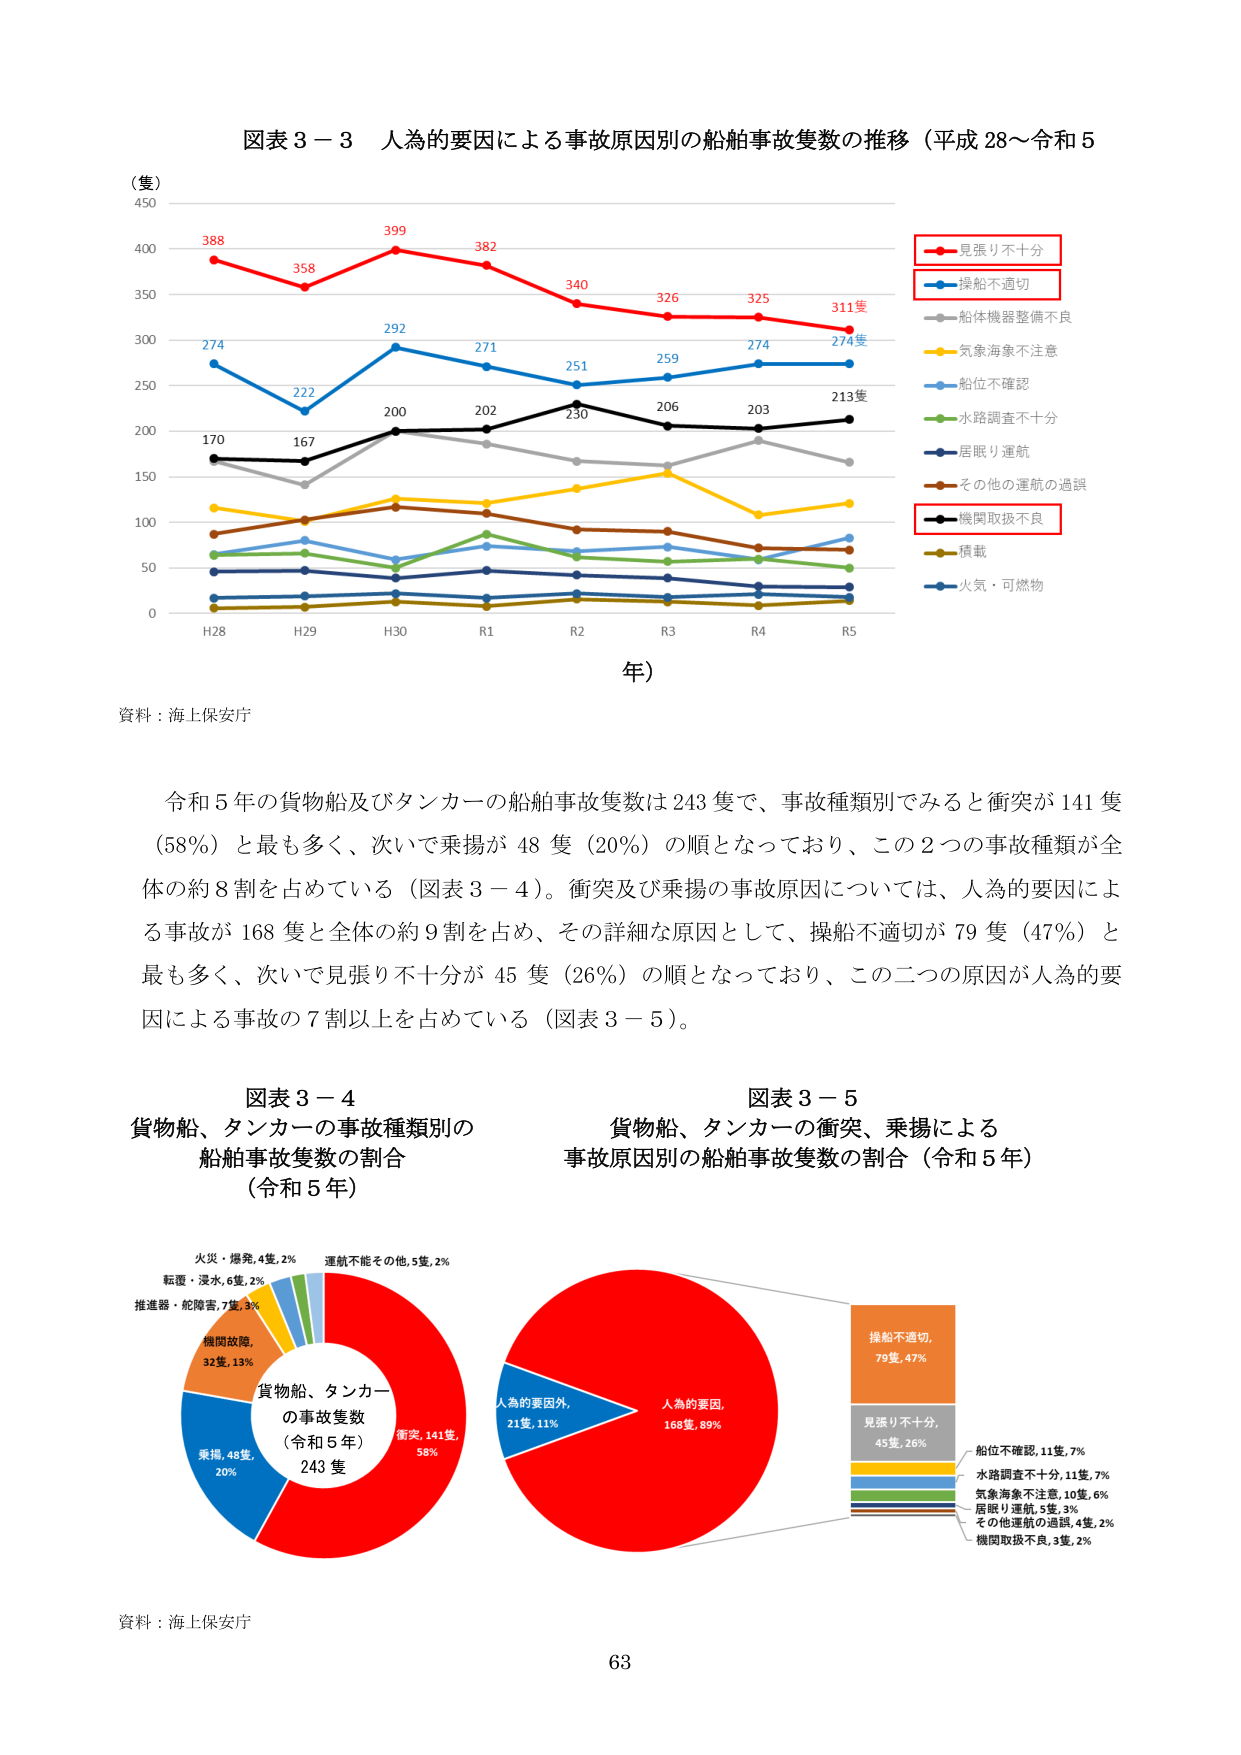
図表３－３ 人為的要因による事故原因別の船舶事故隻数の推移（平成28～令和5
（隻）
450
388
399
382
340
326
325
311隻
見張り不十分
358
300
274
292
271
251
259
274
274隻
操船不適切
250
222
200
202
230
206
203
213隻
船体機器整備不良
200
170
167
気象海象不注意
150
100
50
0
H28
H29
H30
R1
R2
R3
R4
R5
年）
船位不確認
水路調査不十分
居眠り運航
その他の運航の過誤
機関取扱不良
積載
火気・可燃物
資料：海上保安庁
令和５年の貨物船及びタンカーの船舶事故隻数は243隻で、事故種類別でみると衝突が141隻
（58％）と最も多く、次いで乗揚が48隻（20％）の順となっており、この2つの事故種類が全
体の約8割を占めている（図表３－４）。衝突及び乗揚の事故原因については、人為的要因によ
る事故が168隻と全体の約9割を占め、その詳細な原因として、操船不適切が79隻（47％）と
最も多く、次いで見張り不十分が45隻（26％）の順となっており、この二つの原因が人為的要
因による事故の7割以上を占めている（図表３－５）。
図表３－４
貨物船、タンカーの事故種類別の
船舶事故隻数の割合
（令和５年）
図表３－５
貨物船、タンカーの衝突、乗揚による
事故原因別の船舶事故隻数の割合（令和５年）
火災・爆発,4隻,2％
運航不能その他,5隻,2％
転覆・浸水,6隻,2％
推進器・舵障害,7隻,3％
機関故障,
32隻,13％
貨物船、タンカー
の事故隻数
（令和５年）
243隻
衝突,141隻,
58％
乗揚,48隻,
20％
人為的要因外,
21隻,11％
人為的要因,
168隻,89％
操船不適切,
79隻,47％
見張り不十分,
45隻,26％
船位不確認,11隻,7％
水路調査不十分,11隻,7％
気象海象不注意,10隻,6％
居眠り運航,5隻,3％
その他運航の過誤,4隻,2％
機関取扱不良,3隻,2％
資料：海上保安庁
63